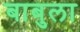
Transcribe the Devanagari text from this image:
बाबुला